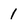
Character: 1